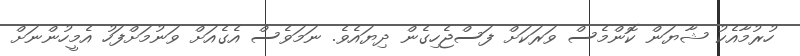
ހުރުމާއެކު ޝާޔަން ކޮންމެސް ވަރަކަށް ފަސްޖެހިގެން ދިޔައެވެ. ނަމަވެސް އެގެއަށް ވަނުމަށްފަހު އެމީހުންނަށް